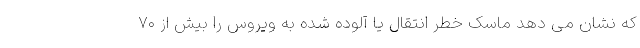
که نشان می دهد ماسک خطر انتقال یا آلوده شده به ویروس را بیش از ۷۰